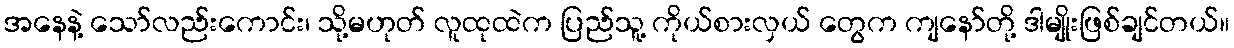
အနေနဲ့ သော်လည်းကောင်း၊ သို့မဟုတ် လူထုထဲက ပြည်သူ့ ကိုယ်စားလှယ် တွေက ကျနော်တို့ ဒါမျိုးဖြစ်ချင်တယ်။